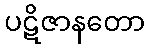
ပဋိဇာနတော